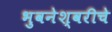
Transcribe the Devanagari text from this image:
भुवनेश्वरीचे